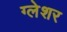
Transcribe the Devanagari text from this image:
ग्लेशर